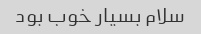
سلام بسیار خوب بود